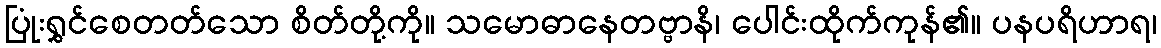
ပြုံးရွှင်စေတတ်သော စိတ်တို့ကို။ သမောဓာနေတဗ္ဗာနိ၊ ပေါင်းထိုက်ကုန်၏။ ပနပရိဟာရ၊